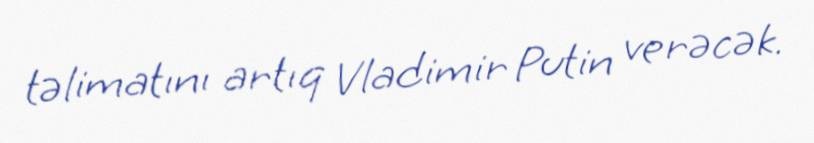
təlimatını artıq Vladimir Putin verəcək.